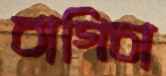
বাগিচা